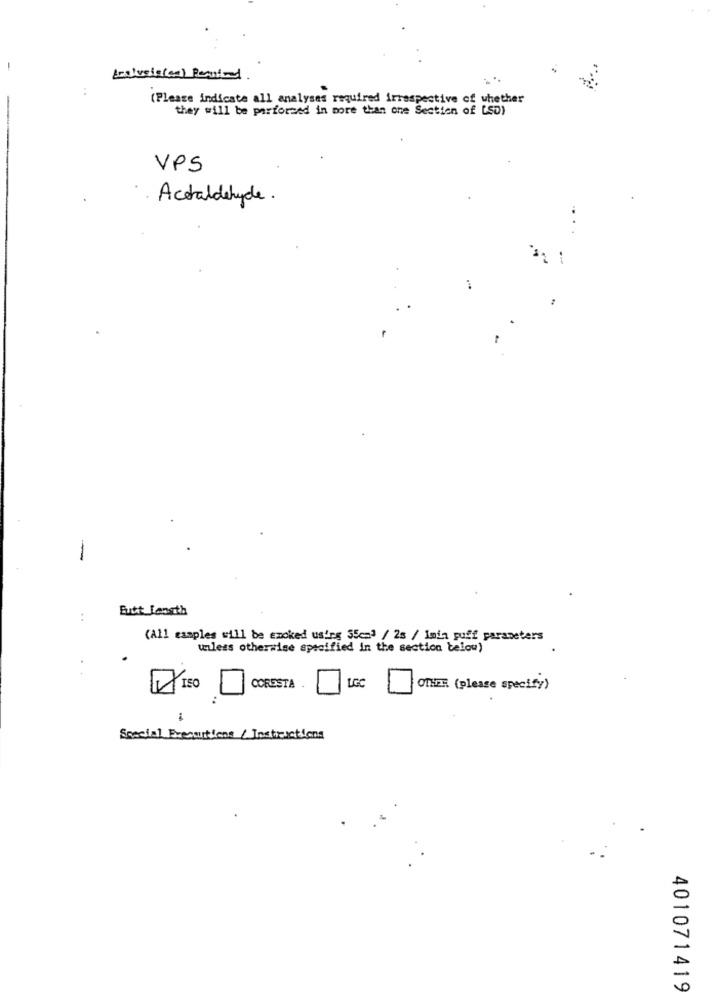
-
..
(Please indicate all analyses required irrespective of whether
they will be performed in more than one Section of LSD)
VPS
Acetaldehyde.
-
Rutt length
..
(All samples will be emcked using 55cm) / 2s / Imin puff parameters
unless otherwise specified in the section below)
ISO
CORESTA
LGC
OTHER (please specify)
Special Frecutions / Instructions
401071419